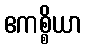
ဧကစ္စိယာ